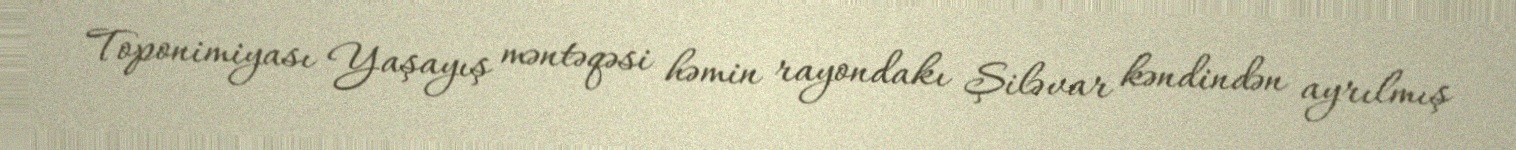
Toponimiyası Yaşayış məntəqəsi həmin rayondakı Şiləvar kəndindən ayrılmış